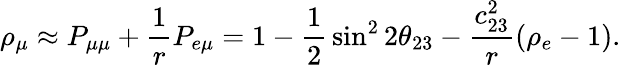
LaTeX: \rho_{\mu}\approx P_{\mu\mu}+{\frac{1}{r}}P_{e\mu}=1-{\frac{1}{2}}\sin^{2}2\theta_{23}-{\frac{c_{23}^{2}}{r}}(\rho_{e}-1).